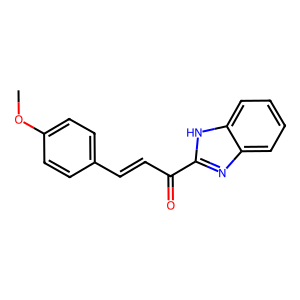
SMILES: COc1ccc(C=CC(=O)c2nc3ccccc3[nH]2)cc1
Inhibits HIV replication: No